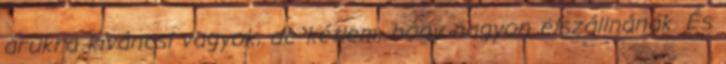
árukra kíváncsi vagyok, de kétlem, hogy nagyon elszállnának. És